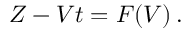
Z - V t = F ( V ) \, .